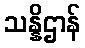
သန္နိဌာန်